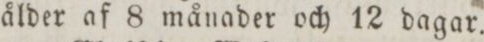
ålder af 8 månader och 12 dagar.